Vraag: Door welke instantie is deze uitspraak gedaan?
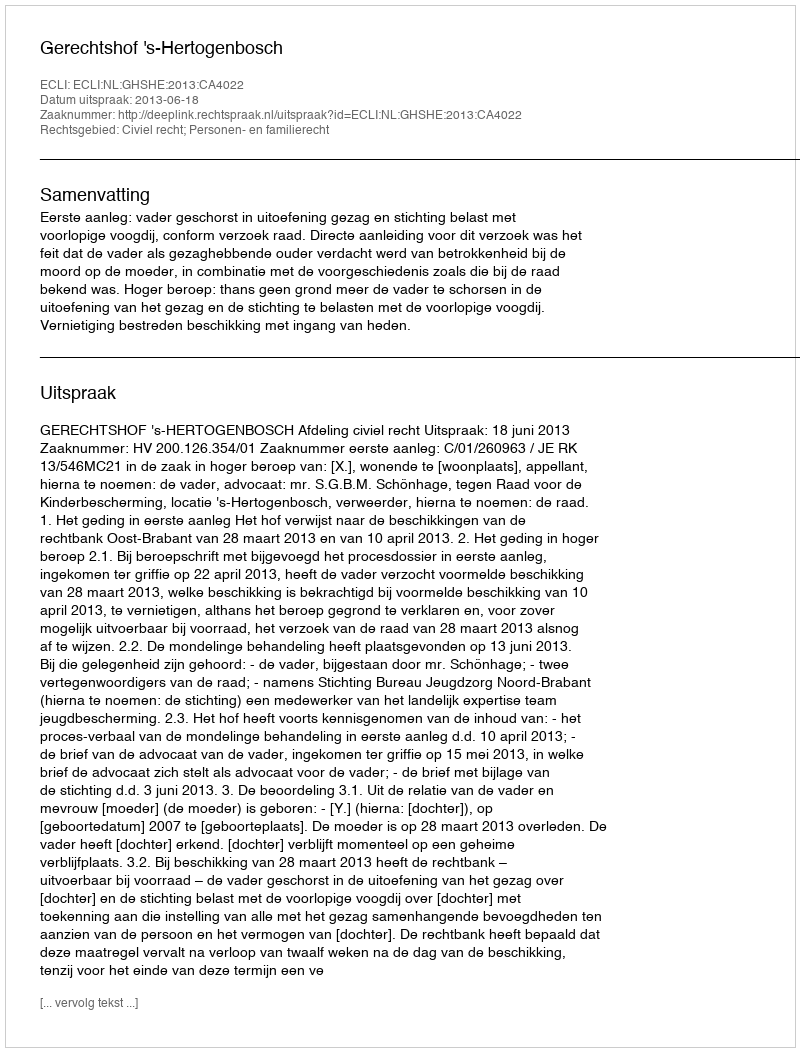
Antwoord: Gerechtshof 's-Hertogenbosch